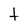
Character: t